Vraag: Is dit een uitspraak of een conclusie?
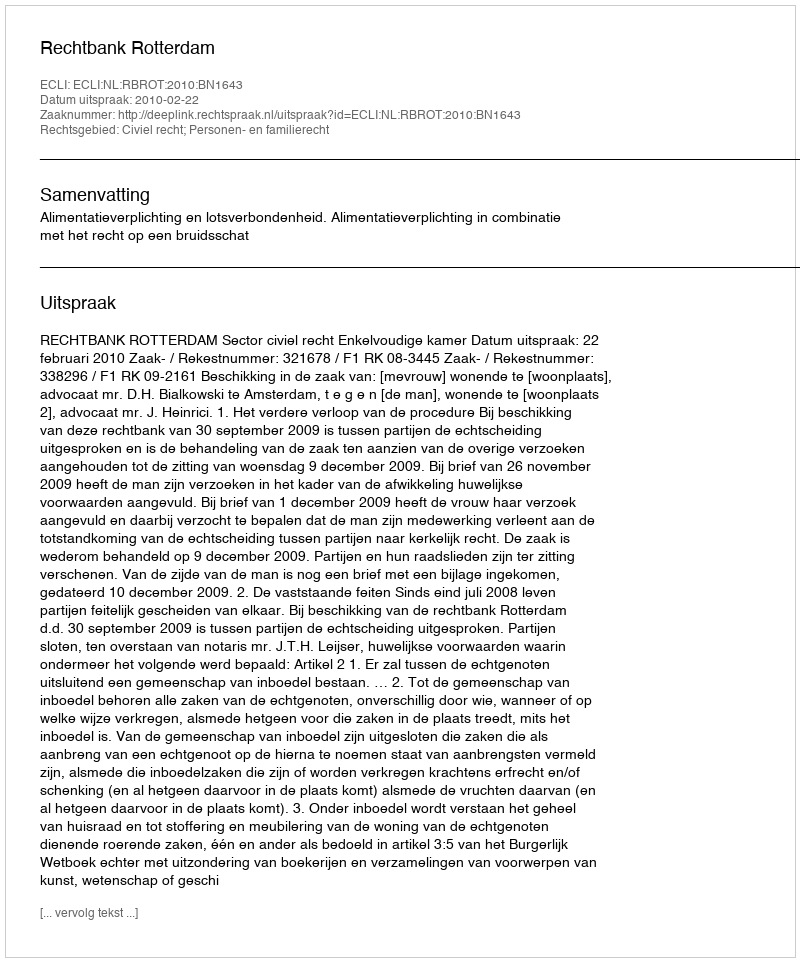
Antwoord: Uitspraak